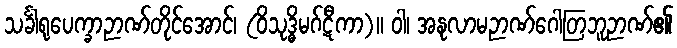
သင်္ခါရုပေက္ခာဉာဏ်တိုင်အောင်၊ (ဝိသုဒ္ဓိမဂ်ဋီကာ)။ ဝါ၊ အနုလာမဉာဏ်ဂေါတြဘူဉာဏ်၏